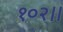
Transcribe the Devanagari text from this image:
१०२।।